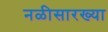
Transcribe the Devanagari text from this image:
नळीसारख्या